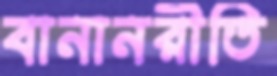
বানানরীতি